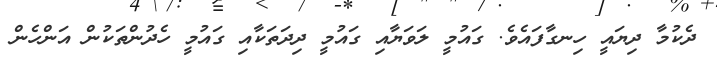
ދެކުމާ ދިޔައީ ހިނގާފައެވެ. ގައުމީ ލަވަޔާއި ގައުމީ ދިދަތަކާއި ގައުމީ ހެދުންތަކުން އަންހެން